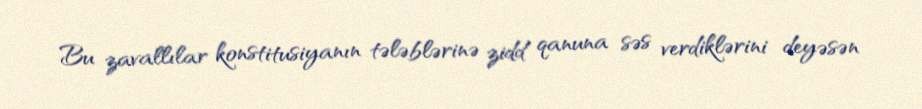
Bu zavallılar konstitusiyanın tələblərinə zidd qanuna səs verdiklərini deyəsən